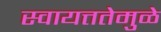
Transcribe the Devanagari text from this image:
स्वायत्ततेमुळे